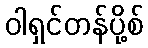
ဝါရှင်တန်ပို့စ်